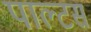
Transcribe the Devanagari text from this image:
पाल्टस